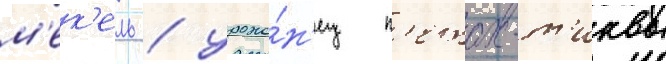
м'ек'ель / уроже́н'ец п'етах-т'иквы